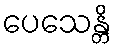
ပေသေန္တိ